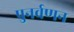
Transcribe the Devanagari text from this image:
पुनर्वणन